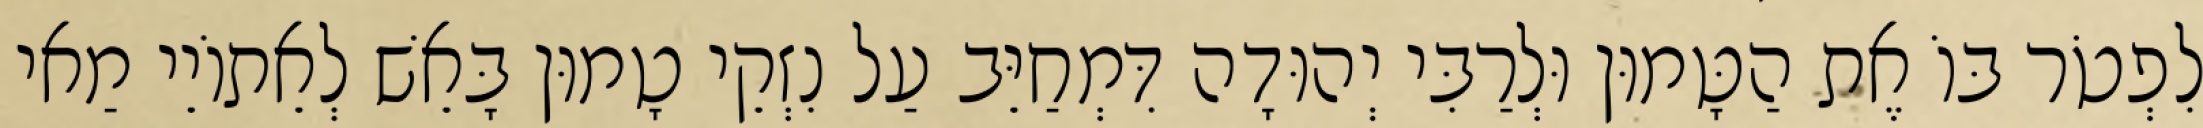
לִפְטֹר בּוֹ אֶת הַטָּמוּן וּלְרַבִּי יְהוּדָה דִּמְחַיֵּב עַל נִזְקֵי טָמוּן בָּאֵשׁ לְאֵתוֹיֵי מַאי